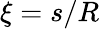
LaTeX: \xi=s/R